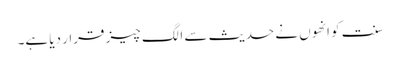
سنت کو انھوں نے حدیث سے الگ چیز قرار دیا ہے۔